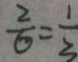
\frac { 2 } { 6 } = \frac { 1 } { 3 }